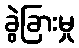
ခွဲခြားမှု